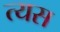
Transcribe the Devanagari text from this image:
त्यस